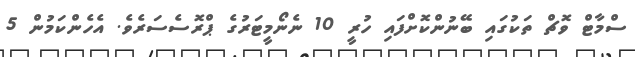
ސްމާޓް ވޮޗް ތަކުގައި ބޭނުންކޮށްފައި ހުރީ 10 ނެނޯމީޓަރުގެ ޕްރޮސެސަރެވެ. އެހެންކަމުން 5